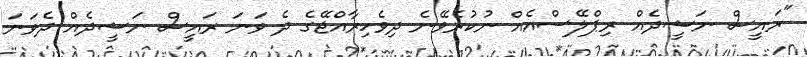
"ރައީސް ނަޝީދެއް ރިޕްލޭސްއެއް ނުކުރެވޭނެ ދިވެހިރާއްޖޭގެ ދެ ވަނަ ރައީސް ނަޝީދެއް ދެވަނަ